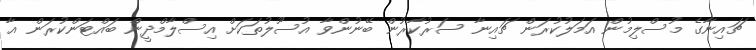
ޗައިނާގެ މުސްލިމުން އަމަލުކުރަން ޗައިނާ ސަރުކާރުން ބޭނުންވާ އުސޫލުތަކަށް އިސްލާމްދީން ބައްޓަންކުރަން އާ